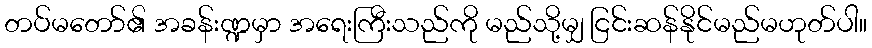
တပ်မတော်၏ အခန်းဏ္ဍမှာ အရေးကြီးသည်ကို မည်သို့မျှ ငြင်းဆန်နိုင်မည်မဟုတ်ပါ။